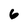
Character: 6